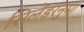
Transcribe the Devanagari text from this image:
सिलेंडरनुमा